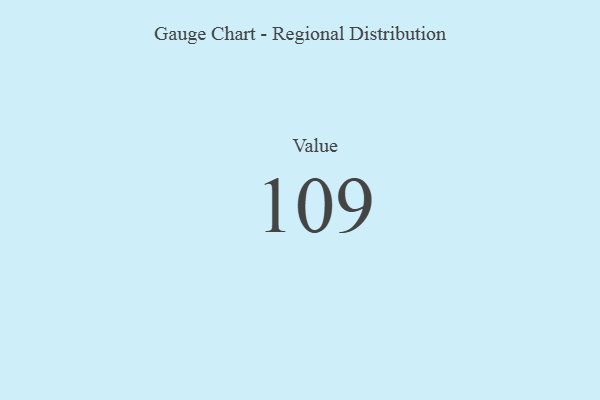
{"axis": {"x": "Metric", "y": "Value"}, "legend": [""], "data": [{"x": "Value", "y": 109, "type": ""}]}